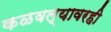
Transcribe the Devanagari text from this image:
कळवल्यावरही